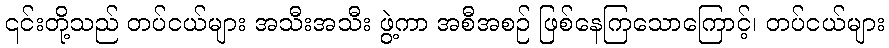
၎င်းတို့သည် တပ်ငယ်များ အသီးအသီး ဖွဲ့ကာ အစီအစဉ် ဖြစ်နေကြသောကြောင့်၊ တပ်ငယ်များ